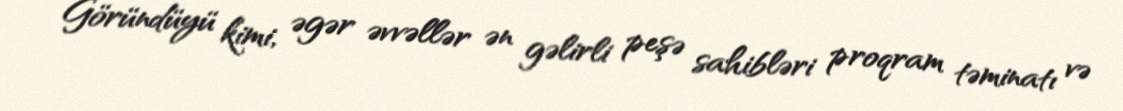
Göründüyü kimi, əgər əvvəllər ən gəlirli peşə sahibləri proqram təminatı və